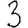
Digit: 3